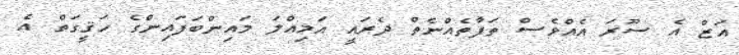
އަޒް އެ ސޫރަ އެއްވެސް ތަފާތެއްނެތް ދެރައީ އަމިއްލަ މައިންބަފައިންގެ ހަޤީގަތް އެ